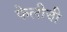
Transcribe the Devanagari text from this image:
फेलीची